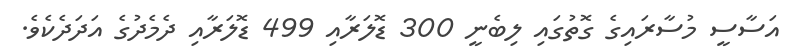
އަސާސީ މުސާރައިގެ ގޮތުގައި ލިބެނީ 300 ޑޮލަރާއި 499 ޑޮލަރާއި ދެމެދުގެ އަދަދެކެވެ.